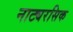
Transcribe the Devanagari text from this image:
नाट्यरसिक